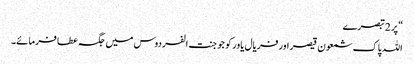
“ پر 2 تبصرے
اللہ پاک شمعون قیصر اور فریال یاور کو جو جنت الفردوس میں جگہ عطا فرمائے۔